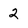
Character: 2